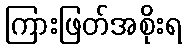
ကြားဖြတ်အစိုးရ